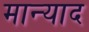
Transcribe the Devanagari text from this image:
मान्याद